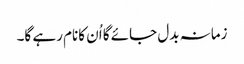
زمانہ بدل جائے گا اُن کانام رہے گا۔